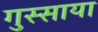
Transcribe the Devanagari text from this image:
गुस्साया